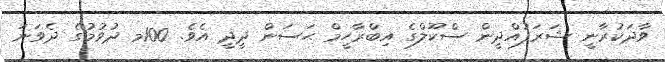
ވާދަކުރާނީ ޝަރަފުއްދީން ސްކޫލްގެ އިބްރާހީމް ޙަސަން ދީދީ އެވެ. 100މ ދުވުމުގެ ދެވަނަ